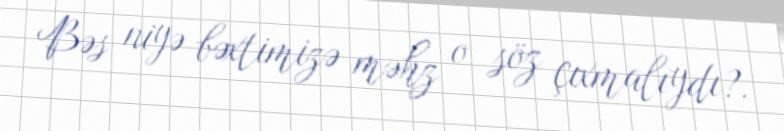
Bəs niyə bəxtimizə məhz o söz çıxmalıydı?.